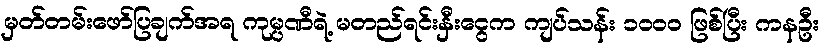
မှတ်တမ်းဖော်ပြချက်အရ ကုမ္ပဏီရဲ့ မတည်ရင်းနှီးငွေက ကျပ်သန်း ၁၀ဝ၀ ဖြစ်ပြီး ကနဦး